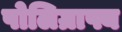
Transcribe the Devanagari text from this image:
पोलिग्राफ्य